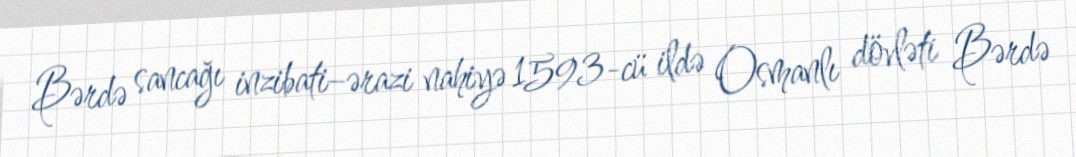
Bərdə sancağı inzibati–ərazi nahiyə 1593-cü ildə Osmanlı dövləti Bərdə